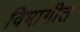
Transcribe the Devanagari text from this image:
विभागीत